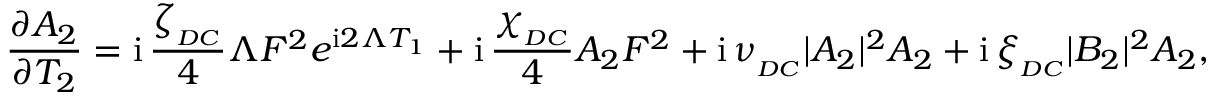
\frac { \partial A _ { 2 } } { \partial T _ { 2 } } = \mathrm { i } \, \frac { \zeta _ { _ { D C } } } { 4 } \Lambda F ^ { 2 } e ^ { \mathrm { i } 2 \Lambda T _ { 1 } } + \mathrm { i } \, \frac { \chi _ { _ { D C } } } { 4 } A _ { 2 } F ^ { 2 } + \mathrm { i } \, \nu _ { _ { D C } } | A _ { 2 } | ^ { 2 } A _ { 2 } + \mathrm { i } \, \xi _ { _ { D C } } | B _ { 2 } | ^ { 2 } A _ { 2 } ,